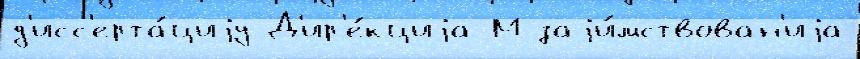
д'исс'ерта́циjу Д'ир'е́кциjа М заjи́мствован'иjа